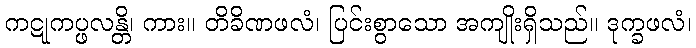
ကဋုကပ္ဖလန္တိ၊ ကား။ တိခိဏဖလံ၊ ပြင်းစွာသော အကျိုးရှိသည်။ ဒုက္ခဖလံ၊